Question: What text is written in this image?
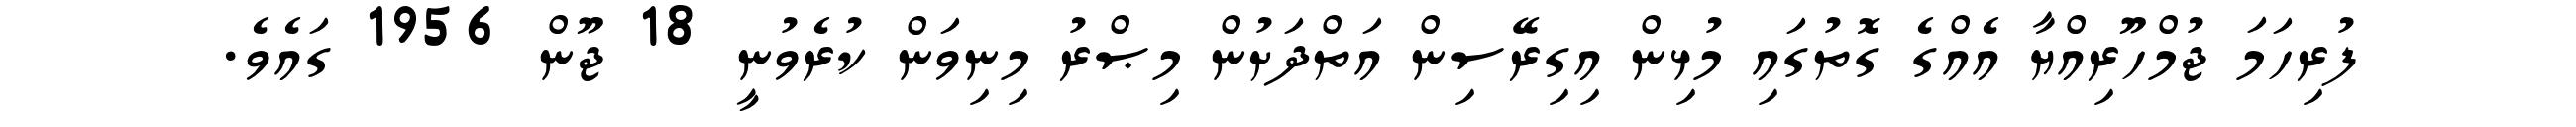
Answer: ފުރިހަމަ ޖުމްހޫރިއްޔާ އެއްގެ ގޮތުގައި މުޅިން އިގިރޭސިން އަތްދަށުން މިޞްރު މިނިވަން ކުރެވުނީ 18 ޖޫން 1956 ގައެވެ.